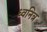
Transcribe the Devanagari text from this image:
ध्वनित्र